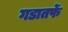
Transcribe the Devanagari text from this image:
गडातर्फे